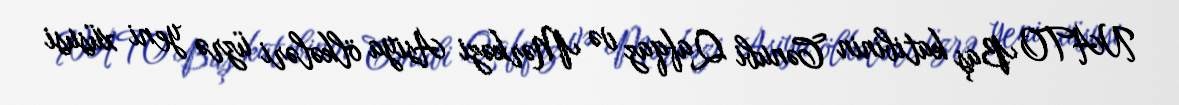
NATO Baş katibinin Cənubi Qafqaz və Mərkəzi Asiya ölkələri üzrə yeni xüsusi